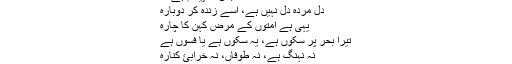
جس کا پیغام ہے ؎
دلِ مردہ دِل نہیں ہے، اسے زندہ کر دوبارہ
یہی ہے امتوں کے مرضِ کہن کا چارہ
تیرا بحر پُر سکوں ہے، یہ سکوں ہے یا فسوں ہے
نہ نہنگ ہے، نہ طوفاں، نہ خرابئ کنارہ
یہ بُھلے شاہ کی قوم ہے۔